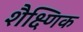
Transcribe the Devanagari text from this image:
शैक्ष्णिक